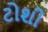
ટોશી